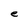
Character: e